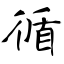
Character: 循